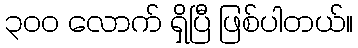
၃ဝဝ လောက် ရှိပြီ ဖြစ်ပါတယ်။